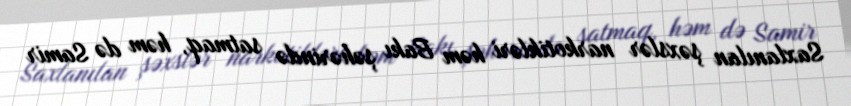
Saxlanılan şəxslər narkotikləri həm Bakı şəhərində satmaq, həm də Samir